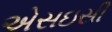
એસઇસી